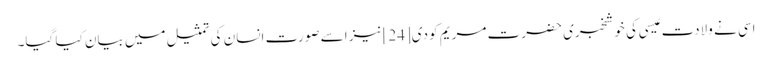
اسی نے ولادت عیسی کی خوشخبری حضرت مریم کو دی[24] نیز اسے صورت انسان کی تمثیل میں بیان کیا گیا۔